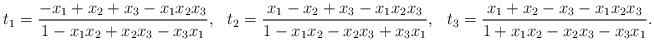
\begin{align*} t_1 &= \frac{-x_1+x_2+x_3-x_1x_2x_3}{1-x_1x_2+x_2x_3-x_3x_1}, & t_2 &= \frac{x_1-x_2+x_3-x_1x_2x_3}{1-x_1x_2-x_2x_3+x_3x_1}, & t_3 &= \frac{x_1+x_2-x_3-x_1x_2x_3}{1+x_1x_2-x_2x_3-x_3x_1}. \end{align*}